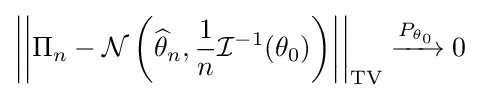
{\left|\left|\Pi _{n}-{\mathcal {N}}\left({\widehat {\theta }}_{n},{\frac {1}{n}}{\mathcal {I}}^{-1}({\theta _{0}})\right)\right|\right|}_{\mathrm {TV} }\xrightarrow {P_{\theta _{0}}} 0